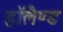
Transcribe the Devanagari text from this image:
हाॅलैण्ड